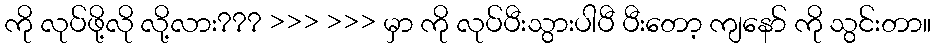
ကို လုပ်ဖို့လို လို့လား??? >>> >>> မှာ ကို လုပ်ပီးသွားပါပီ ပီးတော့ ကျနော် ကို သွင်းတာ။